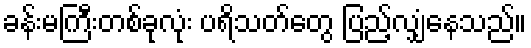
ခန်းမကြီးတစ်ခုလုံး ပရိသတ်တွေ ပြည့်လျှံနေသည်။